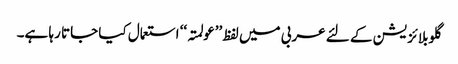
گلوبلائزیشن کے لئے عربی میں لفظ ’’عولمتہ‘‘ استعمال کیا جاتا رہا ہے۔